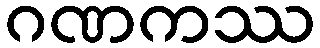
ဂဏကဿ